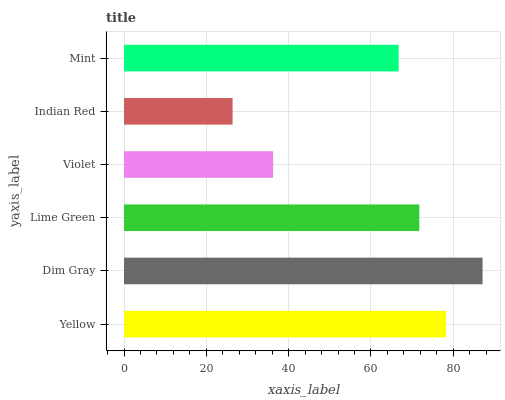
| yaxis_label | bars |
 | --- | --- |
 | Yellow | 78.2 |
 | Dim Gray | 87.1 |
 | Lime Green | 71.7 |
 | Violet | 36.2 |
 | Indian Red | 26.4 |
 | Mint | 66.7 |